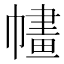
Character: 𢄶